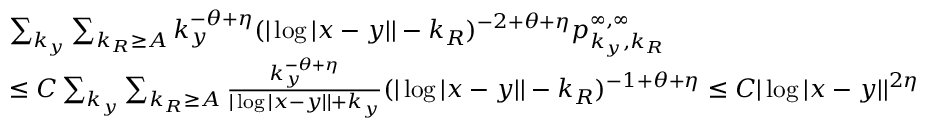
\begin{array} { r l } & { \sum _ { k _ { y } } \sum _ { k _ { R } \geq A } k _ { y } ^ { - \theta + \eta } ( | \log | x - y | | - k _ { R } ) ^ { - 2 + \theta + \eta } p _ { k _ { y } , k _ { R } } ^ { \infty , \infty } } \\ & { \leq C \sum _ { k _ { y } } \sum _ { k _ { R } \geq A } \frac { k _ { y } ^ { - \theta + \eta } } { | \log | x - y | | + k _ { y } } ( | \log | x - y | | - k _ { R } ) ^ { - 1 + \theta + \eta } \leq C | \log | x - y | | ^ { 2 \eta } } \end{array}